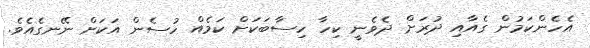
އެހެންކަމުން ގެއާއި ދުރަށް ދެެވެނީ ކިހާ ހިސާބަކަށް ކަމެއް ހުސެން އަކަށް ނޭނގެއެވެ.